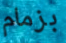
بزمام